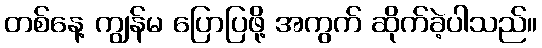
တစ်နေ့ ကျွန်မ ပြောပြဖို့ အကွက် ဆိုက်ခဲ့ပါသည်။